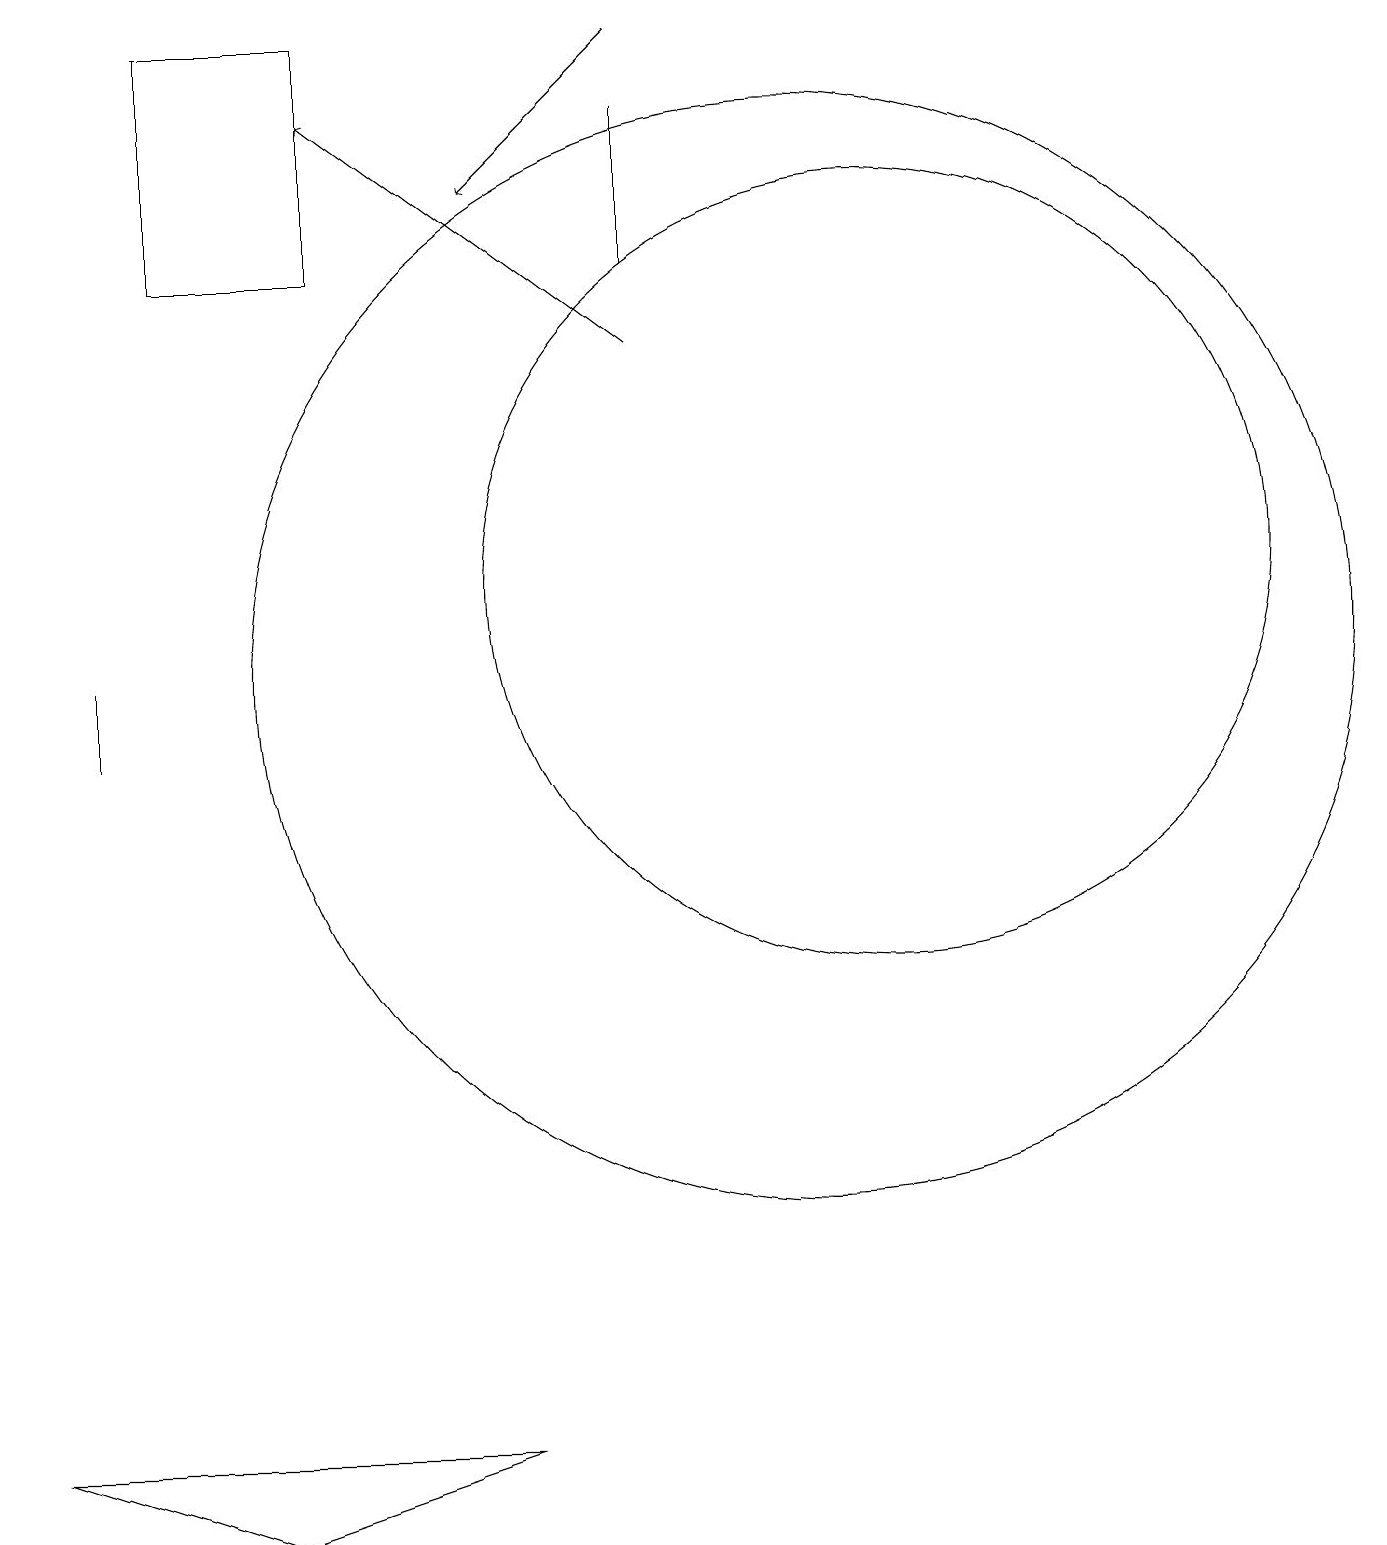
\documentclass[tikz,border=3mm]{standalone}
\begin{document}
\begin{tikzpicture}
\draw (1,1) -- (7,1) -- (4,0) -- cycle;
\draw (2,11) rectangle (2,10);
\draw (5,16) rectangle (3,19);
\draw (12,12) circle (5);
\draw (11,11) circle (7);
\draw[->] (9,19) -- (7,17);
\draw (9,16) rectangle (9,18);
\draw[->] (9,15) -- (5,18);
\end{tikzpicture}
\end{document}